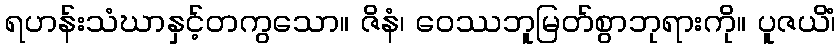
ရဟန်းသံဃာနှင့်တကွသော။ ဇိနံ၊ ဝေဿဘူမြတ်စွာဘုရားကို။ ပူဇယိံ၊